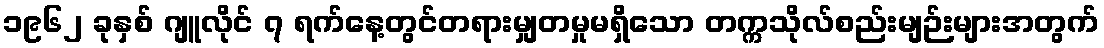
၁၉၆၂ ခုနှစ် ဂျူလိုင် ၇ ရက်နေ့တွင်တရားမျှတမှုမရှိသော တက္ကသိုလ်စည်းမျဉ်းများအတွက်